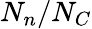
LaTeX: N_{n}/N_{C}